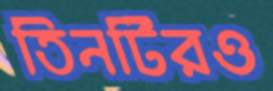
তিনটিরও